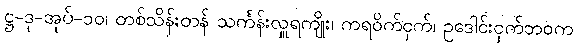
ဋ္ဌ-ဒု-အုပ်-၁၀၊ တစ်သိန်းတန် သင်္ကန်းလှူရကျိုး၊ ကရဝိက်ငှက်၊ ဥဒေါင်းငှက်ဘဝက